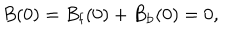
LaTeX: B ( 0 ) = B _ { \mathrm { f } } ( 0 ) + B _ { \mathrm { b } } ( 0 ) = 0 ,